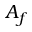
A _ { f }